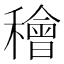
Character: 𥢶